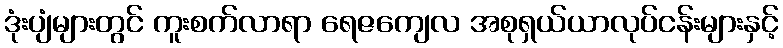
ဒုံးပျံများတွင် ကူးစက်လာရာ ရေဇကျေလ အစုရှယ်ယာလုပ်ငန်းများနှင့်